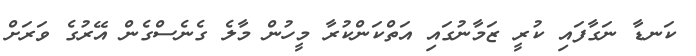
ކަނޑާ ނަގާފައި ކުރީ ޒަމާނުގައި އަތްކަންކުރާ މީހުން މާލެ ގެނެސްގެން އޭރުގެ ވަރަށް